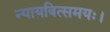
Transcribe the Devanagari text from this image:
न्यायवित्समयः।